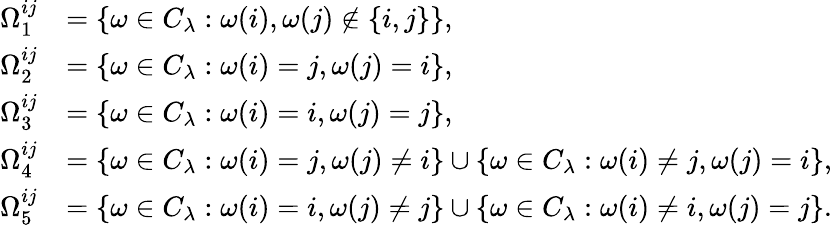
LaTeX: \begin{array}{rl}{\Omega_{1}^{ij}}&{=\{ \omega\in C_{\lambda}:\omega(i),\omega(j)\notin\{ i,j\} \} ,}\\ {\Omega_{2}^{ij}}&{=\{ \omega\in C_{\lambda}:\omega(i)=j,\omega(j)=i\} ,}\\ {\Omega_{3}^{ij}}&{=\{ \omega\in C_{\lambda}:\omega(i)=i,\omega(j)=j\} ,}\\ {\Omega_{4}^{ij}}&{=\{ \omega\in C_{\lambda}:\omega(i)=j,\omega(j)\neq i\} \cup\{ \omega\in C_{\lambda}:\omega(i)\neq j,\omega(j)=i\} ,}\\ {\Omega_{5}^{ij}}&{=\{ \omega\in C_{\lambda}:\omega(i)=i,\omega(j)\neq j\} \cup\{ \omega\in C_{\lambda}:\omega(i)\neq i,\omega(j)=j\} .}\end{array}